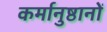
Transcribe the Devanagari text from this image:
कर्मानुष्ठानों